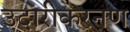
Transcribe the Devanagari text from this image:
उदारीकरनण